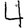
Digit: 4